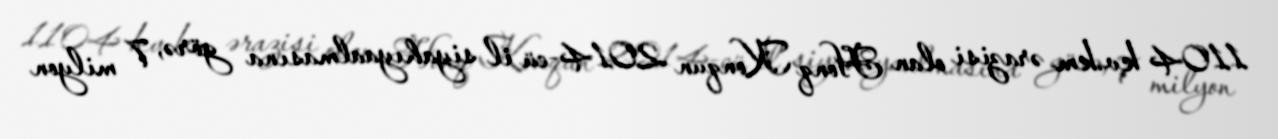
1104 kv.km ərazisi olan Honq Konqun 2014-cü il siyahıyaalmasına görə, 7 milyon